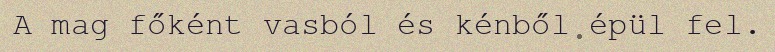
A mag főként vasból és kénből épül fel.